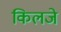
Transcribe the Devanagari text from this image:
किलजे